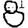
Digit: 8